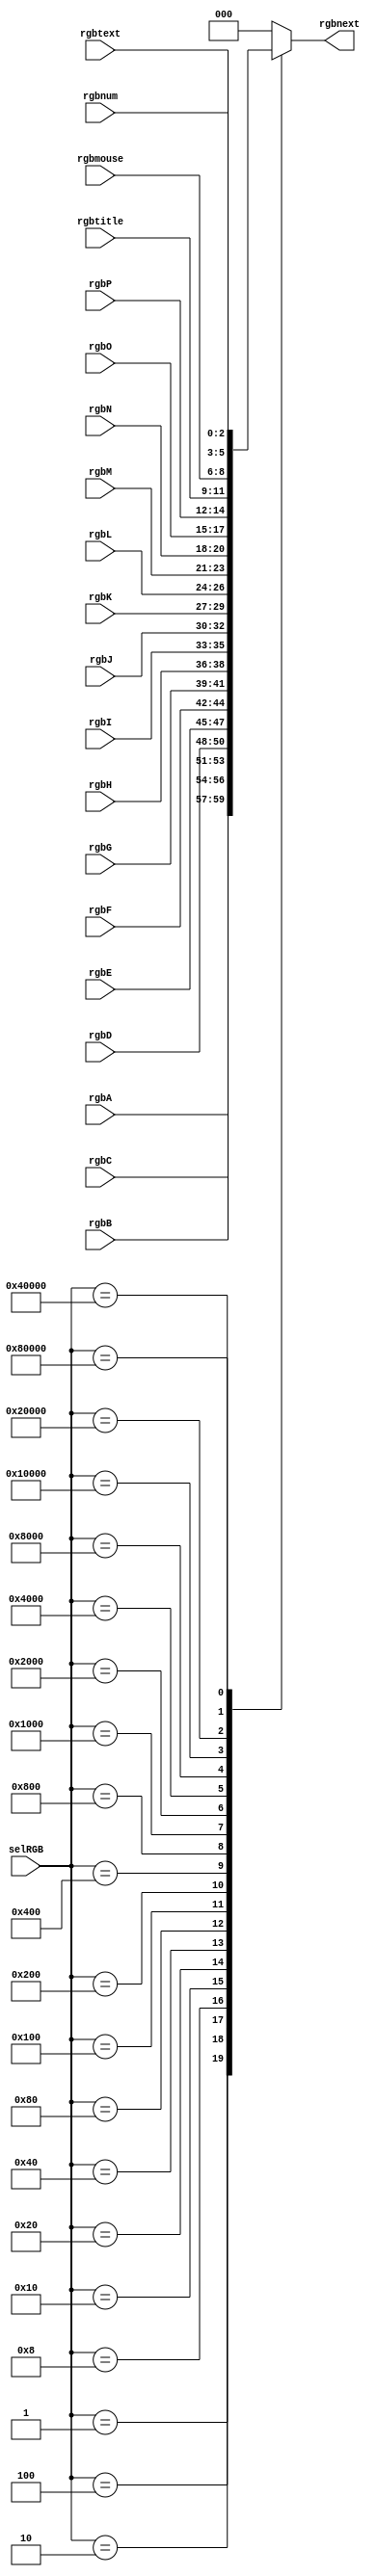
`timescale 1ns / 1ps
//////////////////////////////////////////////////////////////////////////////////
// Company: 
// Engineer: 
// 
// Design Name: 
// Module Name:    MUX_RGB 
// Project Name: 
// Target Devices: 
// Tool versions: 
// Description: 
//
// Dependencies: 
//
// Revision: 
// Revision 0.01 - File Created
// Additional Comments: 
//
//////////////////////////////////////////////////////////////////////////////////
module MUX_RGB(
    input [2:0] rgbA,
    input [2:0] rgbB,
	 input [2:0] rgbC,
	 input [2:0] rgbD,
	 input [2:0] rgbE,
    input [2:0] rgbF,
	 input [2:0] rgbG,
	 input [2:0] rgbH,
	 input [2:0] rgbI,
    input [2:0] rgbJ,
	 input [2:0] rgbK,
	 input [2:0] rgbL,
	 input [2:0] rgbM,
    input [2:0] rgbN,
	 input [2:0] rgbO,
	 input [2:0] rgbP,
	 input [2:0] rgbtitle,
	 input [2:0] rgbmouse,
	 input [2:0] rgbnum,
	 input [2:0] rgbtext,
    input [19:0] selRGB,
    output reg [2:0] rgbnext
    );

always @*
begin
	case(selRGB)
		20'b00000000000000000000: rgbnext <= 8'b0;
		20'b00000000000000000001: rgbnext <= rgbA;
		20'b00000000000000000010: rgbnext <= rgbB;
		20'b00000000000000000100: rgbnext <= rgbC;
		20'b00000000000000001000: rgbnext <= rgbD;
		20'b00000000000000010000: rgbnext <= rgbE;
		20'b00000000000000100000: rgbnext <= rgbF;
		20'b00000000000001000000: rgbnext <= rgbG;
		20'b00000000000010000000: rgbnext <= rgbH;
		20'b00000000000100000000: rgbnext <= rgbI;
		20'b00000000001000000000: rgbnext <= rgbJ;
		20'b00000000010000000000: rgbnext <= rgbK;
		20'b00000000100000000000: rgbnext <= rgbL;
		20'b00000001000000000000: rgbnext <= rgbM;
		20'b00000010000000000000: rgbnext <= rgbN;
		20'b00000100000000000000: rgbnext <= rgbO;
		20'b00001000000000000000: rgbnext <= rgbP;
		20'b00010000000000000000: rgbnext <= rgbtitle;
		20'b00100000000000000000: rgbnext <= rgbmouse;
		20'b01000000000000000000: rgbnext <= rgbnum;
		20'b10000000000000000000: rgbnext<= rgbtext;
		default: rgbnext <= 8'b0;
	endcase
end

endmodule